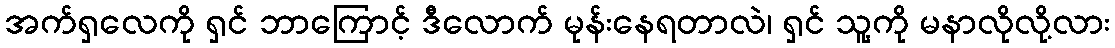
အက်ရှလေကို ရှင် ဘာကြောင့် ဒီလောက် မုန်းနေရတာလဲ၊ ရှင် သူ့ကို မနာလိုလို့လား